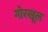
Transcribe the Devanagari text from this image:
गोरखूल